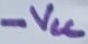
Text: -VCC